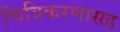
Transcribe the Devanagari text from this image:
चित्रिकरणासह